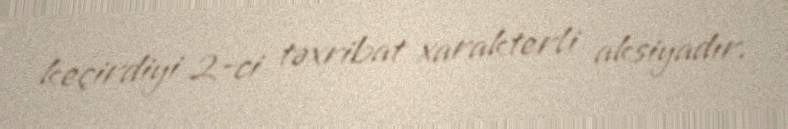
keçirdiyi 2-ci təxribat xarakterli aksiyadır.